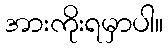
အားကိုးရမှာပါ။